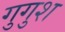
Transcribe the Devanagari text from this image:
गुगुश